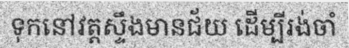
ទុកនៅវត្តស្ទឹងមានជ័យ ដើម្បីរង់ចាំ